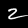
Label: 2